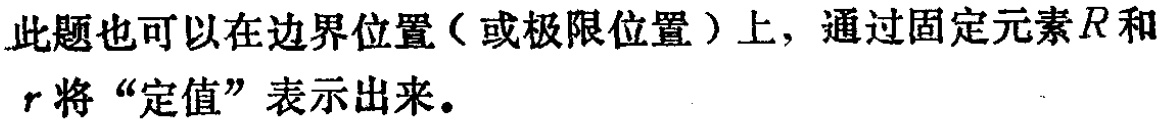
此题也可以在边界位置（或极限位置）上，通过固定元素\(R\)和\(r\)将“定值”表示出来。